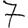
Digit: 7